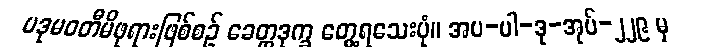
ပဒုမဝတီမိဖုရားဖြစ်စဉ် ခေတ္တဒုက္ခ တွေ့ရသေးပုံ။ အပ-ပါ-ဒု-အုပ်-၂၂၉ မှ